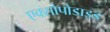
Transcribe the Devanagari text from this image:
एक्सोपोडाइड